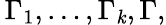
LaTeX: \, \Gamma_{1},\dots,\Gamma_{\mathit{k}},\Gamma,